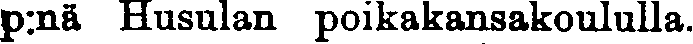
p:nä Husulan poikakansakoululla.